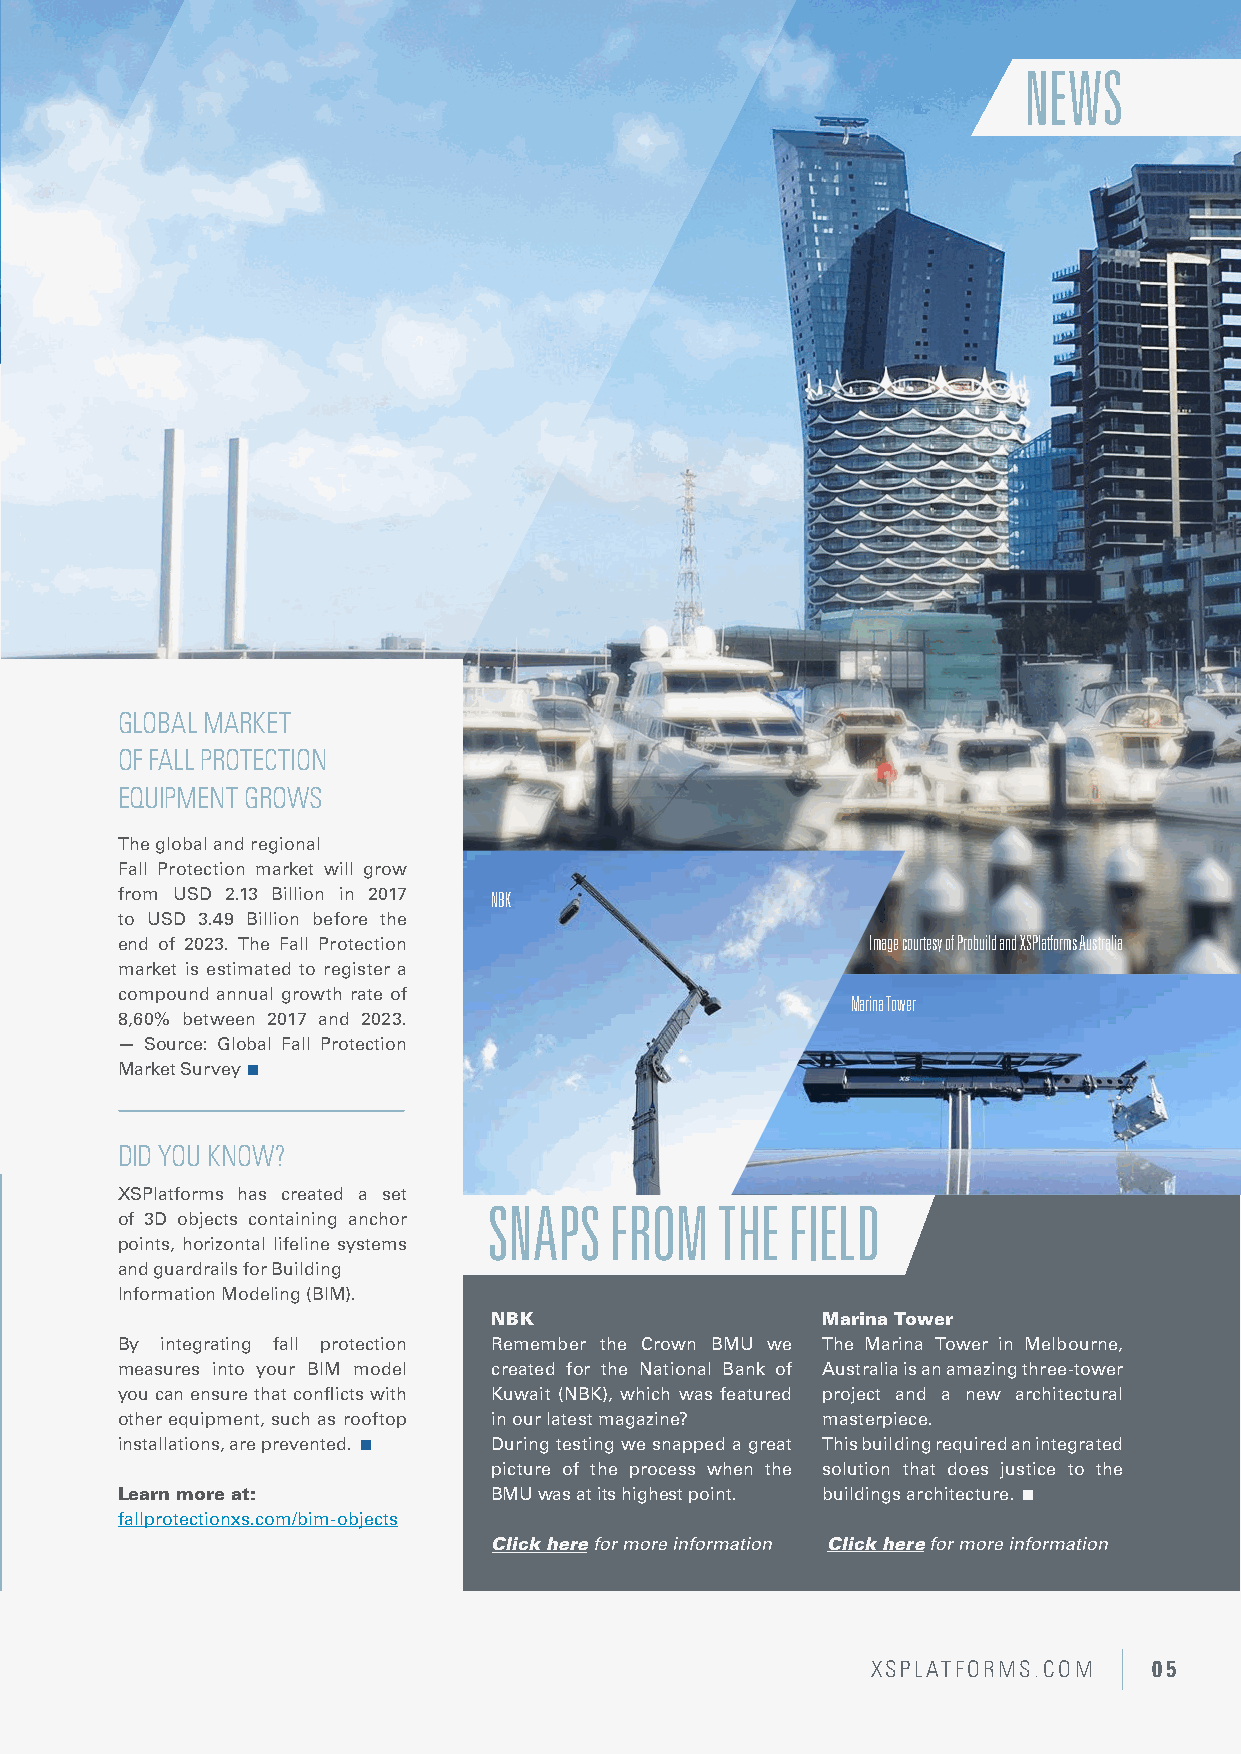
NEWS
 GLOBAL MARKET
 OF FALL PROTECTION
 EQUIPMENT GROWS
 The global and regional
 Fall Protection market will grow
 from USD 2.13 Billion in 2017 NBK
 to USD 3.49 Billion before the
 end of 2023. The Fall Protection                  Image courtesy of Probuild and XSPlatforms Australia
 market is estimated to register a
 compound annual growth rate of                  Marina Tower
 8,60% between 2017 and 2023.
 — Source: Global Fall Protection
 Market Survey
 DID YOU KNOW?
 XSPlatforms has created a set
 SNAPS   FROM   THE  FIELD
 SOLAR PANELS AND ROOFTOP SAFETY
 of 3D objects containing anchor
 points, horizontal lifeline systems
 Studies show that sustainability isn’t only good for the planet, it’s also good for and guardrails for Building
 business. So it isn’t surprising to see more and more businesses going solar. Information Modeling (BIM).
 NBK                  Marina Tower
 But with roofs filled with solar panels, there is hardly any room left for By integrating fall protection Remember the Crown BMU we The Marina Tower in Melbourne,
 maintenance personnel to do their job. To ensure that workers have safe access measures into your BIM model created for the National Bank of Australia is an amazing three-tower
 to the PV-solar panels all fall hazards have to be taken away which can be done you can ensure that conflicts with Kuwait (NBK), which was featured project and a new architectural
 by a collective safety solution, such as a flexible guardrail system. However, other equipment, such as rooftop in our latest magazine? masterpiece.
 shading can affect the efficiency of the PV system. The advantage of a flexible installations, are prevented.  During testing we snapped a great This building required an integrated
 free-standing guardrail is that it can be folded down when not in use. This picture of the process when the solution that does justice to the
 guarantees maximum required safety on the roof, and the lowest amount of Learn more at: BMU was at its highest point. buildings architecture. 
 efficiency loss.  Click here to read an related article fallprotectionxs.com/bim-objects
 Click here for more information Click here for more information
 XSPLATFORMS.COM   05